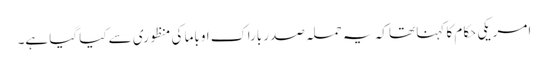
امریکی حکام کا کہنا تھا کہ یہ حملہ صدر باراک اوباما کی منظوری سے کیا گیا ہے۔